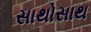
સાથોસાથ